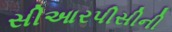
સીઆરપીસીની